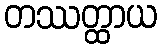
တဿတ္ထာယ